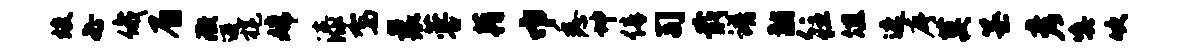
竣必俄眉微避旄嫦漆驾曩蓉藉巾悉坤倩司戢谱黼往俎遮序莫纂彦嗔吹